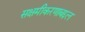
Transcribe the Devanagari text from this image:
सक्षमीकरणाबद्दल